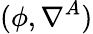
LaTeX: (\phi,\nabla^{A})